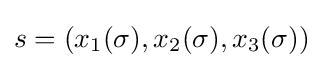
s=\left(x_{1}{\left(\sigma \right)},x_{2}{\left(\sigma \right)},x_{3}{\left(\sigma \right)}\right)